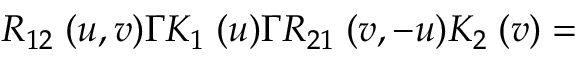
R _ { 1 2 } \; ( u , v ) \Gamma K _ { 1 } \; ( u ) \Gamma R _ { 2 1 } \; ( v , - u ) K _ { 2 } \; ( v ) =